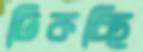
ঢিকচ্ছি